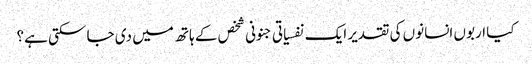
کیا اربوں انسانوں کی تقدیر ایک نفسیاتی جنونی شخص کے ہاتھ میں دی جا سکتی ہے؟